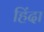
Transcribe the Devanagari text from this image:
हिंदा